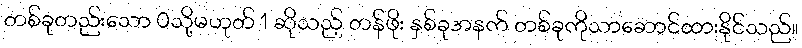
တစ်ခုတည်းသော 0သို့မဟုတ် 1 ဆိုသည့် တန်ဖိုး နှစ်ခုအနက် တစ်ခုကိုသာဆောင်ထားနိုင်သည်။